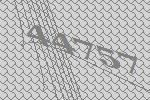
44757